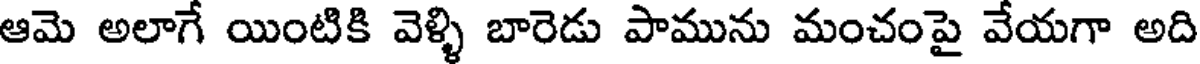
ఆమె అలాగే యింటికి వెళ్ళి బారెడు పామును మంచంపై వేయగా అది